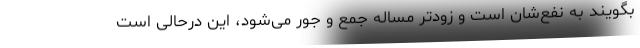
بگویند به نفع‌شان است و زودتر مساله جمع و جور می‌شود، این درحالی است